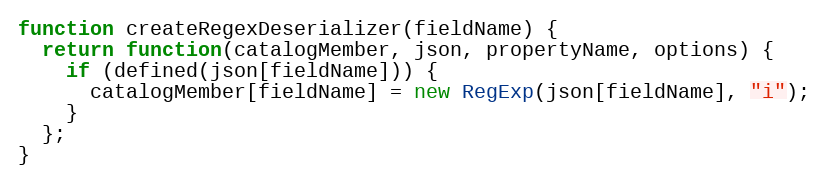
Language: JavaScript
function createRegexDeserializer(fieldName) {
  return function(catalogMember, json, propertyName, options) {
    if (defined(json[fieldName])) {
      catalogMember[fieldName] = new RegExp(json[fieldName], "i");
    }
  };
}